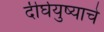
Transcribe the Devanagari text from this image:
दीर्घयुष्याचे